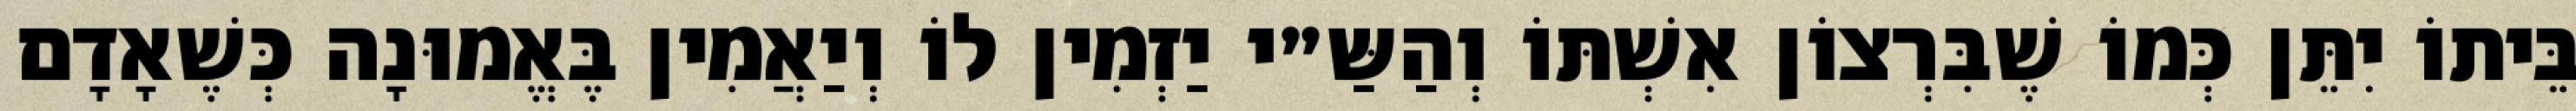
בֵּיתוֹ יִתֵּן כְּמוֹ שֶׁבִּרְצוֹן אִשְׁתּוֹ וְהַשַּ״י יַזְמִין לוֹ וְיַאֲמִין בֶּאֱמוּנָה כְּשֶׁאָדָם